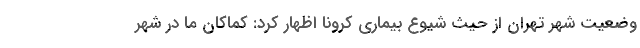
وضعیت شهر تهران از حیث شیوع بیماری کرونا اظهار کرد: کماکان ما در شهر